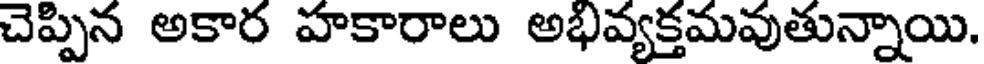
చెప్పిన అకార హకారాలు అభివ్యక్తమవుతున్నాయి.